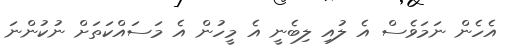
އެހެން ނަމަވެސް އެ ލުއި ލިބެނީ އެ މީހުން އެ މަސައްކަތަށް ނުކުންނަ